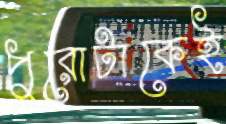
পুরোটাকেই